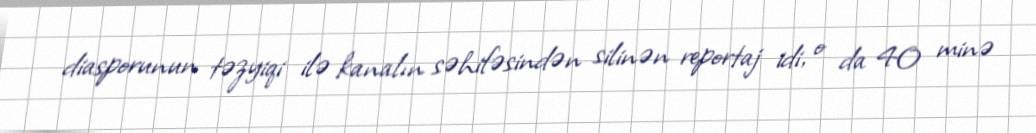
diasporunun təzyiqi ilə kanalın səhifəsindən silinən reportaj idi, o da 40 minə